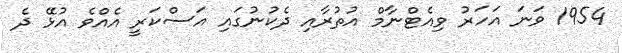
1954 ވަނަ އަހަރު ވިއެޓްނާމް އުތުރާއި ދެކުނުގައި އަސްކަރީ އެއްވެ އުޅޭ ދެ